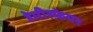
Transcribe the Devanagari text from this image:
हेमीस्फ़ेयर